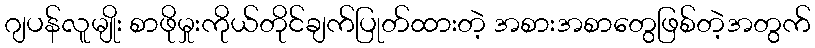
ဂျပန်လူမျိုး စာဖိုမှုးကိုယ်တိုင်ချက်ပြုတ်ထားတဲ့ အစားအစာတွေဖြစ်တဲ့အတွက်